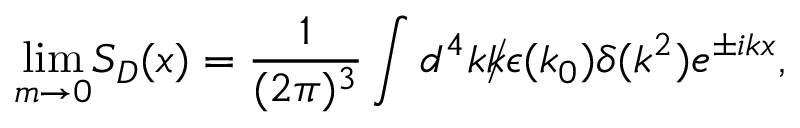
{ \operatorname * { l i m } _ { m \rightarrow 0 } } S _ { D } ( x ) = { \frac { 1 } { ( 2 \pi ) ^ { 3 } } } \int d ^ { 4 } k { \rlap / { k } } { \epsilon } ( k _ { 0 } ) { \delta } ( k ^ { 2 } ) e ^ { \pm i k x } ,